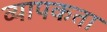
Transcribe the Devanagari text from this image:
व्‍यापकता